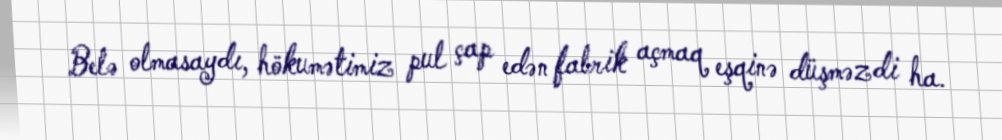
Belə olmasaydı, hökumətimiz pul çap edən fabrik açmaq eşqinə düşməzdi ha.